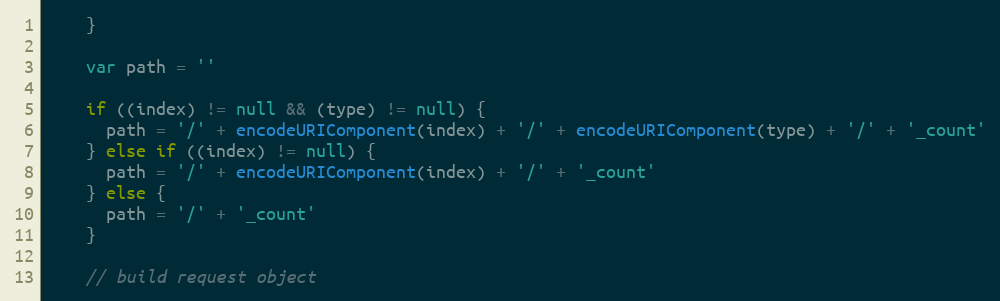
Language: JavaScript
    }

    var path = ''

    if ((index) != null && (type) != null) {
      path = '/' + encodeURIComponent(index) + '/' + encodeURIComponent(type) + '/' + '_count'
    } else if ((index) != null) {
      path = '/' + encodeURIComponent(index) + '/' + '_count'
    } else {
      path = '/' + '_count'
    }

    // build request object